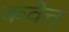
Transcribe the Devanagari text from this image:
कवेत्त्